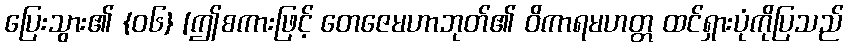
ပြေးသွား၏ {၀၆} [ဤစကားဖြင့် တေဇေမဟာဘုတ်၏ ဝိကာရမဟတ္တ ထင်ရှားပုံကိုပြသည်